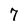
Character: 7